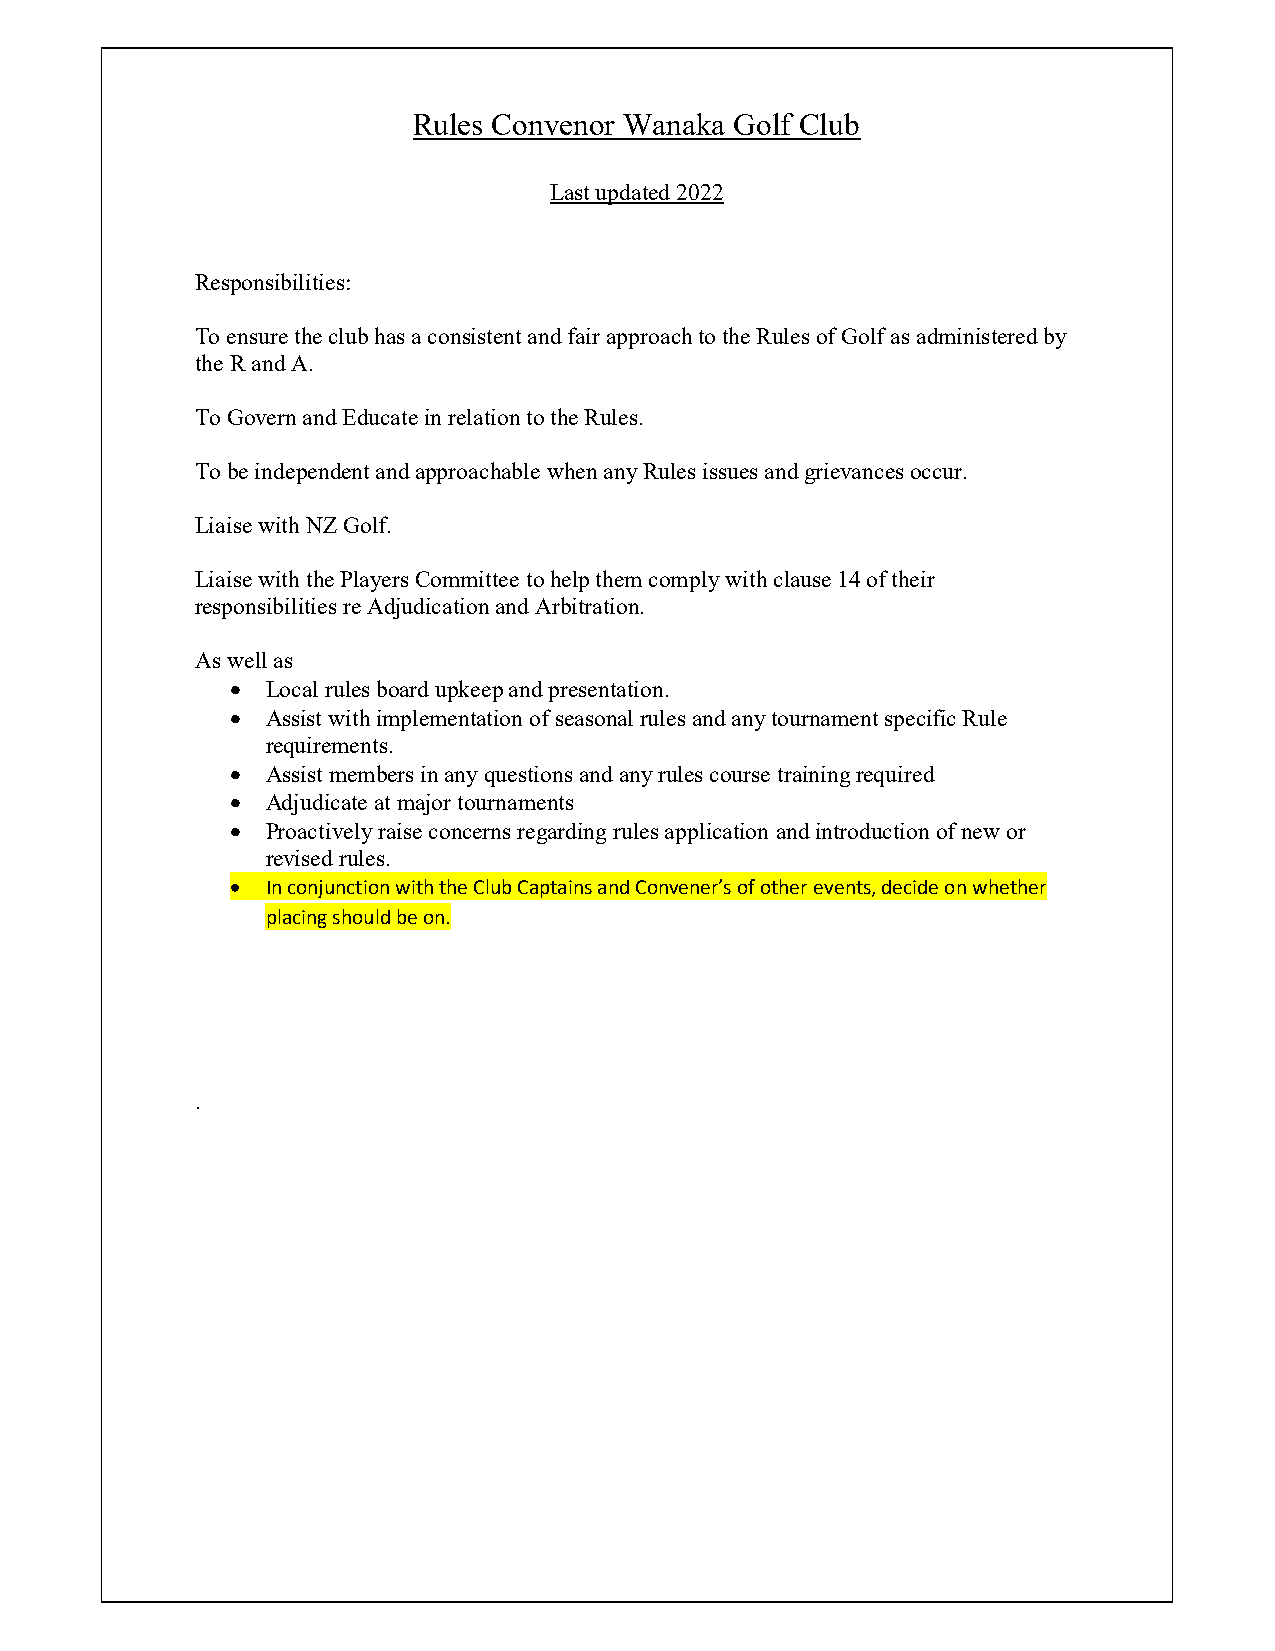
Rules Convenor Wanaka Golf Club
 Last updated 2022
 Responsibilities:
 To ensure the club has a consistent and fair approach to the Rules of Golf as administered by
 the R and A.
 To Govern and Educate in relation to the Rules.
 To be independent and approachable when any Rules issues and grievances occur.
 Liaise with NZ Golf.
 Liaise with the Players Committee to help them comply with clause 14 of their
 responsibilities re Adjudication and Arbitration.
 As well as
   Local rules board upkeep and presentation.
   Assist with implementation of seasonal rules and any tournament specific Rule
 requirements.
   Assist members in any questions and any rules course training required
   Adjudicate at major tournaments
   Proactively raise concerns regarding rules application and introduction of new or
 revised rules.
   In conjunction with the Club Captains and Convener’s of other events, decide on whether
 placing should be on.
 .